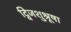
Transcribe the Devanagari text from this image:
द्विजशुश्रूषा